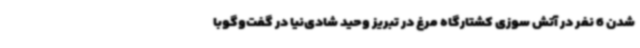
شدن 6 نفر در آتش سوزی کشتارگاه مرغ در تبریز وحید شادی‌نیا در گفت‌وگوبا